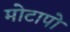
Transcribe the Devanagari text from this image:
मोटापो